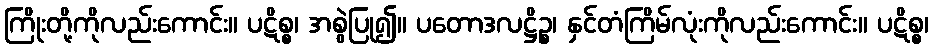
ကြိုးတို့ကိုလည်းကောင်း။ ပဋိစ္စ၊ အစွဲပြု၍။ ပတောဒလဋ္ဌိဉ္စ၊ နှင်တံကြိမ်လုံးကိုလည်းကောင်း။ ပဋိစ္စ၊